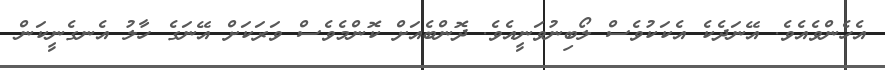
އެހެންވެއެވެ. އޭނަދެކެ އެކަކުވެސް ލޯބިނުވަނީއެވެ. ދޮންބެއަށް ކޮންމެވެސް ވަރަކަށް އޭނަގެ ހާލު އެނގެނީކަން